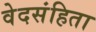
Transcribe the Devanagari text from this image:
वेदसंहिता